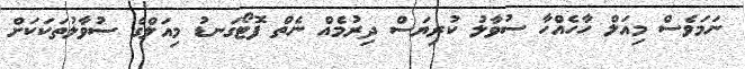
ނަމަވެސް މިއަލް ހާހެއްހާ ސުވާލު ކުރިޔަސް ދިރުމެއް ނެތް ފޮޓޯގަނޑު މިއަލްގެ ސުވާލުތަކަކަށް